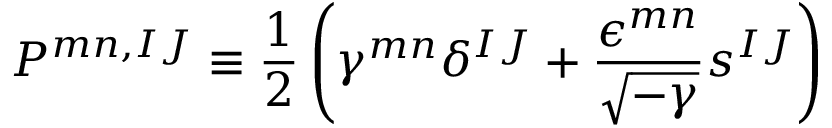
P ^ { m n , I J } \equiv \frac { 1 } { 2 } \left( \gamma ^ { m n } \delta ^ { I J } + \frac { \epsilon ^ { m n } } { \sqrt { - \gamma } } s ^ { I J } \right)